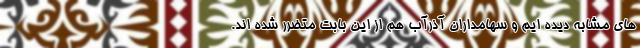
های مشابه دیده ‌ایم و سهامداران آذرآب هم از این بابت متضرر شده ‌اند.